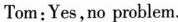
Tom:Yes,no problem.